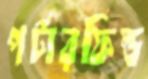
পর্টারফিল্ড